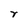
Character: r